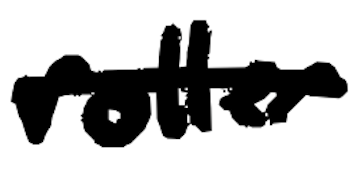
Text: roller
Cross-out: single-line
Writing tool: digital_black